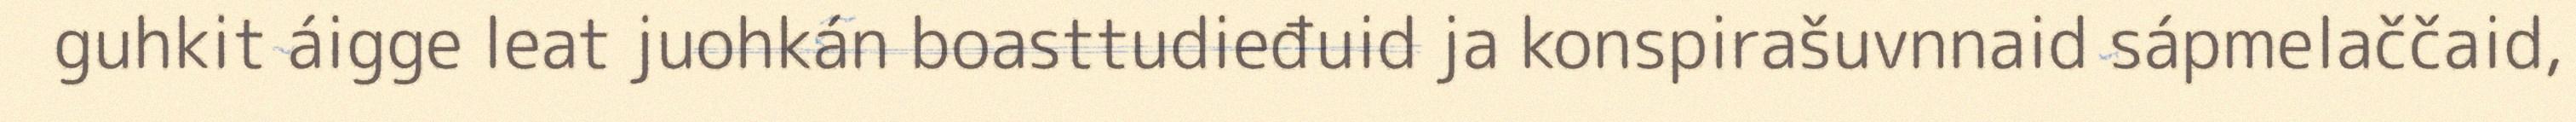
guhkit áigge leat juohkán boasttudieđuid ja konspirašuvnnaid sápmelaččaid,